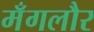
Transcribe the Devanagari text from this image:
मँगलौर